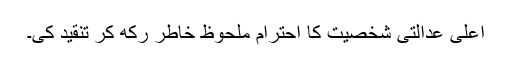
اعلیٰ عدالتی شخصیت کا احترام ملحوظ خاطر رکھ کر تنقید کی۔